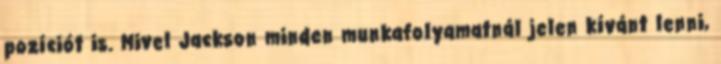
pozíciót is. Mivel Jackson minden munkafolyamatnál jelen kívánt lenni,